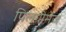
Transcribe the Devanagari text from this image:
पिलग्रीमेज